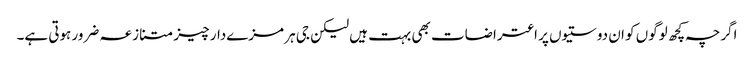
اگرچہ کچھ لوگوں کو ان دوستیوں پر اعتراضات بھی بہت ہیں لیکن جی ہر مزےدار چیز متنازعہ ضرور ہوتی ہے۔